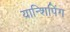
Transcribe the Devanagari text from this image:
यान्शिपिंग